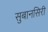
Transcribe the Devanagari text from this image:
सुबानसिरी